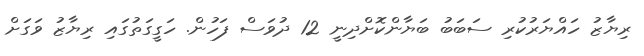
ރިޔާޒު ހައްޔަރުކުރި ސަބަބު ބަޔާންކޮށްދިނީ 12 ދުވަސް ފަހުން. ހަގީގަތުގައި ރިޔާޒު ވަގަށް